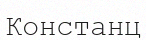
Констанц